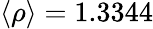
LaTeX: \langle\rho\rangle=1.3344